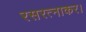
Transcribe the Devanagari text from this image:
रसरत्नाकर।